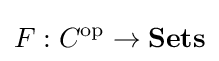
F:C^{\rm {op}}\to \mathbf {Sets}